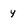
Character: y